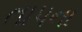
તાપના